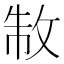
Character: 𭣮